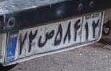
۷۲ص۵۸۴۱۲